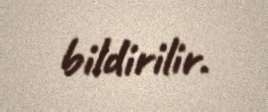
bildirilir.